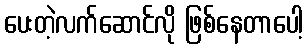
ပေးတဲ့လက်ဆောင်လို ဖြစ်နေတာပေါ့